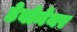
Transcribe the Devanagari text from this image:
डेबोनेयर